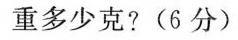
重多少克?(6分)